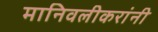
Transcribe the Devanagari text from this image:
मानिवलीकरांनी